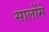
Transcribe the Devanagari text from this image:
सालोंमे